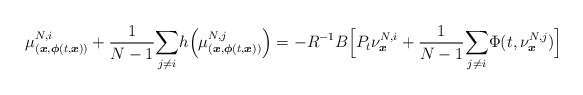
\begin{align*}\mu_{(\boldsymbol{x},\boldsymbol{\phi}(t,\boldsymbol{x}))}^{N,i}+\frac{1}{N-1}\underset{j\neq i}{\sum}h\Big(\mu_{(\boldsymbol{x},\boldsymbol{\phi}(t,\boldsymbol{x}))}^{N,j} \Big)=-R^{-1}B\Big[P_t\nu^{N,i}_{\boldsymbol{x}}+\frac{1}{N-1}\underset{j\neq i}{\sum}\Phi(t,\nu^{N,j}_{\boldsymbol{x}})\Big]\end{align*}